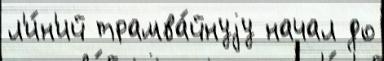
л'и́н'ий трамва́йнуjу начал до